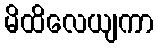
မိထိလေယျကာ